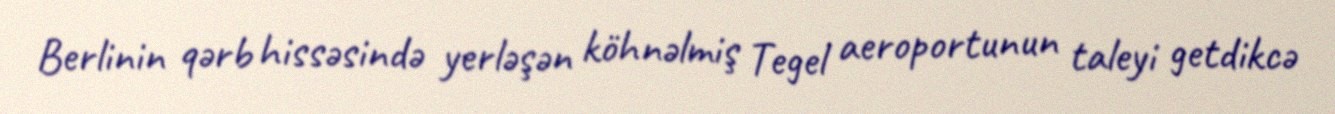
Berlinin qərb hissəsində yerləşən köhnəlmiş Tegel aeroportunun taleyi getdikcə